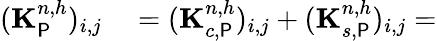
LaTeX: \begin{array}{rl}{(\mathbf{K}_{\P}^{n,h})_{i,j}}&{{}=(\mathbf{K}_{c,\P}^{n,h})_{i,j}+(\mathbf{K}_{s,\P}^{n,h})_{i,j}=}\end{array}